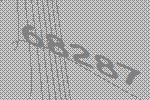
68287